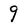
Character: 9